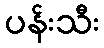
ပန်းသီး